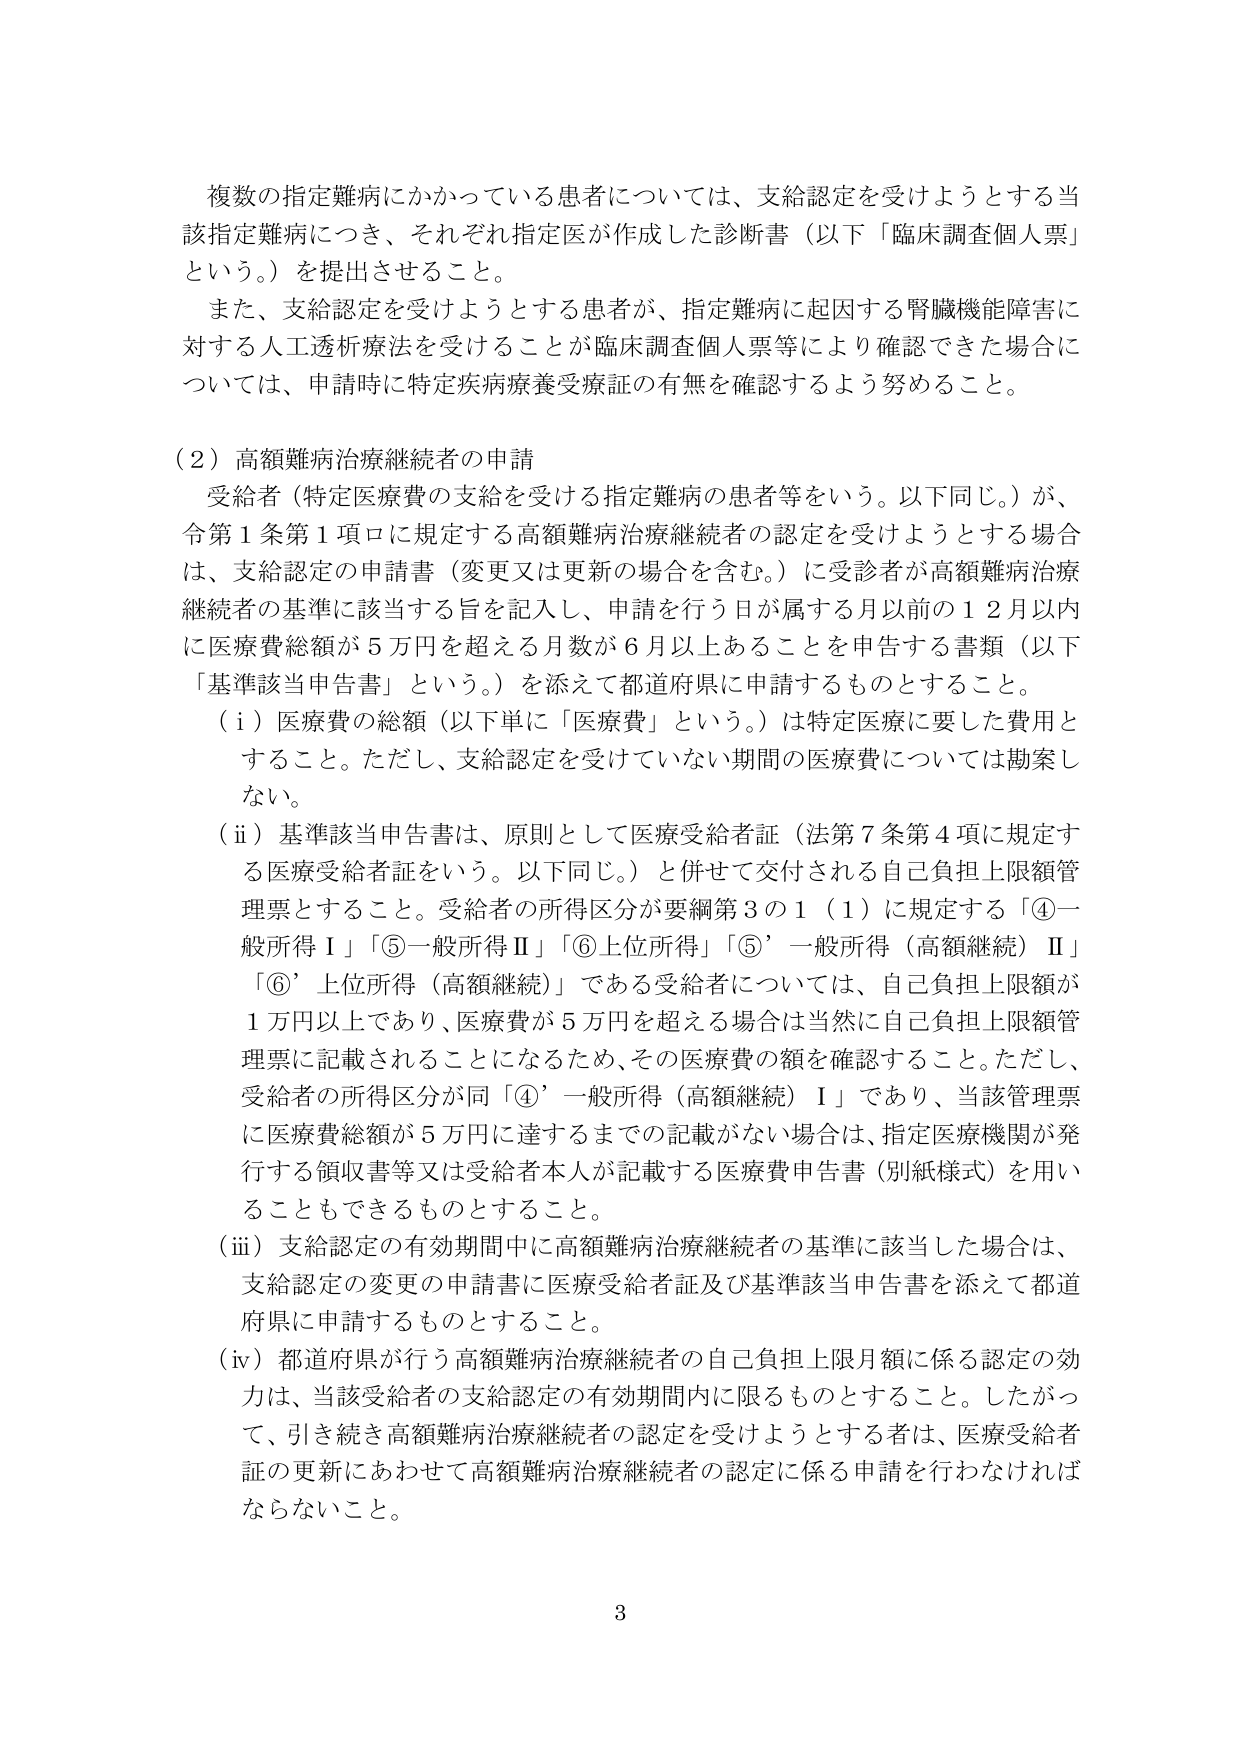
複数の指定難病にかかっている患者については、支給認定を受けようとする当該指定難病につき、それぞれ指定医が作成した診断書（以下「臨床調査個人票」という。）を提出させること。

また、支給認定を受けようとする患者が、指定難病に起因する腎臓機能障害に対する人工透析療法を受けることが臨床調査個人票等により確認できた場合については、申請時に特定疾病療養受療証の有無を確認するよう努めること。

（２）高額難病治療継続者の申請

受給者（特定医療費の支給を受ける指定難病の患者等をいう。以下同じ。）が、令第１条第１項ロに規定する高額難病治療継続者の認定を受けようとする場合は、支給認定の申請書（変更又は更新の場合を含む。）に受診者が高額難病治療継続者の基準に該当する旨を記入し、申請を行う日が属する月以前の１２月以内に医療費総額が５万円を超える月数が６月以上あることを申告する書類（以下「基準該当申告書」という。）を添えて都道府県に申請するものとすること。

（ⅰ）医療費の総額（以下単に「医療費」という。）は特定医療に要した費用とすること。ただし、支給認定を受けていない期間の医療費については勘案しない。

（ⅱ）基準該当申告書は、原則として医療受給者証（法第７条第４項に規定する医療受給者証をいう。以下同じ。）と併せて交付される自己負担上限額管理票とすること。受給者の所得区分が要綱第３の１（１）に規定する「④一般所得Ⅰ」「⑤一般所得Ⅱ」「⑥上位所得」「⑤’一般所得（高額継続）Ⅱ」「⑥’上位所得（高額継続）」である受給者については、自己負担上限額が１万円以上であり、医療費が５万円を超える場合は当然に自己負担上限額管理票に記載されることになるため、その医療費の額を確認すること。ただし、受給者の所得区分が同「④’一般所得（高額継続）Ⅰ」であり、当該管理票に医療費総額が５万円に達するまでの記載がない場合は、指定医療機関が発行する領収書等又は受給者本人が記載する医療費申告書（別紙様式）を用いることもできるものとすること。

（ⅲ）支給認定の有効期間中に高額難病治療継続者の基準に該当した場合は、支給認定の変更の申請書に医療受給者証及び基準該当申告書を添えて都道府県に申請するものとすること。

（ⅳ）都道府県が行う高額難病治療継続者の自己負担上限月額に係る認定の効力は、当該受給者の支給認定の有効期間内に限るものとすること。したがって、引き続き高額難病治療継続者の認定を受けようとする者は、医療受給者証の更新にあわせて高額難病治療継続者の認定に係る申請を行わなければならないこと。

3